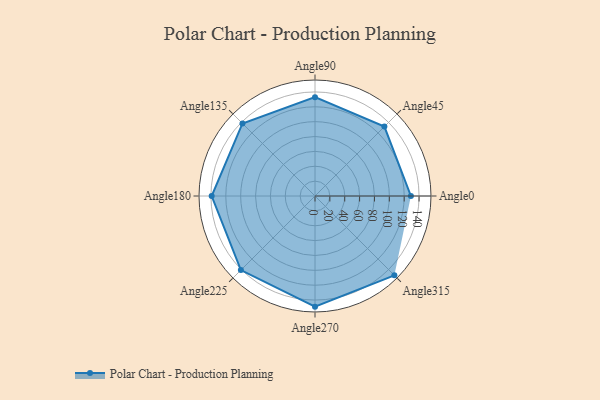
{"axis": {"x": "Angle", "y": "Radius"}, "legend": [""], "data": [{"x": "Angle0", "y": 129.0, "type": ""}, {"x": "Angle45", "y": 132.0, "type": ""}, {"x": "Angle90", "y": 133.0, "type": ""}, {"x": "Angle135", "y": 138.0, "type": ""}, {"x": "Angle180", "y": 139.0, "type": ""}, {"x": "Angle225", "y": 141.0, "type": ""}, {"x": "Angle270", "y": 149.0, "type": ""}, {"x": "Angle315", "y": 151.0, "type": ""}]}